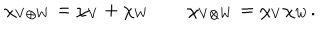
\chi _ { V \oplus W } = \chi _ { V } + \chi _ { W } \qquad \chi _ { V \otimes W } = \chi _ { V } \chi _ { W } .